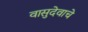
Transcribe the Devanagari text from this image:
वासुदेवाचे